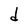
Character: d